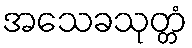
အသေခသုတ္တံ